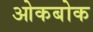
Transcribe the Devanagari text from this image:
ओकबोक